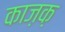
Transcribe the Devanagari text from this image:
काज़क़